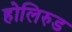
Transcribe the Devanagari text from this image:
होलिरुड